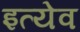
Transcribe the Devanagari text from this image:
इत्येव